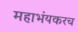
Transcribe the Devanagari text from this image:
महाभंयकरच